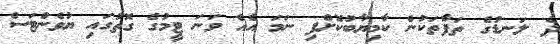
ދެ ލަނޑުގެ ތަފާތަކުން ކާމިޔާބުކޮށްފި ނަމަ އެއް ވަނަ ޓީމުގެ ގޮތުގައި ޔުވެންޓަސް